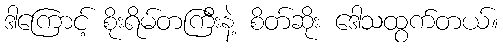
ဒါကြောင့် စိုးရိမ်တကြီးနဲ့ စိတ်ဆိုး ဒေါသထွက်တယ်။